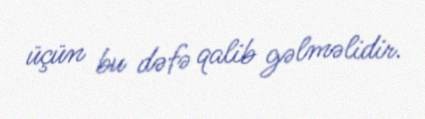
üçün bu dəfə qalib gəlməlidir.